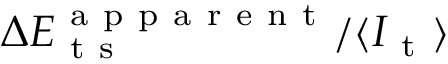
\Delta E _ { \mathrm { ~ t ~ s ~ } } ^ { \mathrm { ~ a ~ p ~ p ~ a ~ r ~ e ~ n ~ t ~ } } / \langle I _ { \mathrm { ~ t ~ } } \rangle